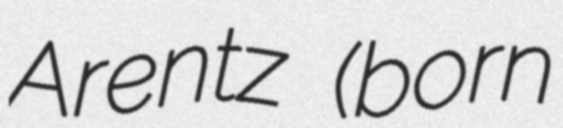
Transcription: Arentz (born